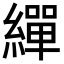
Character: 繟